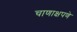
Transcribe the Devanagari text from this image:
चाणाक्षपणे